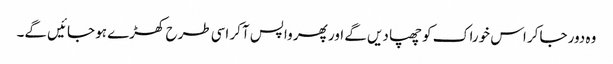
وہ دور جاکر اس خوراک کو چھپا دیں گے اور پھر واپس آکر اسی طرح کھڑے ہو جائیں گے۔